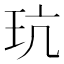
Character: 𪻑